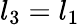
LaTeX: l_{3}=l_{1}